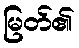
မြတ်၏